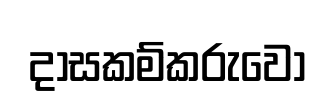
දාසකම්කරුවෝ